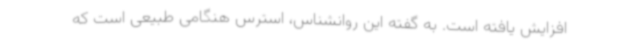
افزایش یافته است. به گفته این روانشناس، استرس هنگامی طبیعی است که